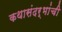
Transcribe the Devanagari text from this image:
कथासंदर्भांची